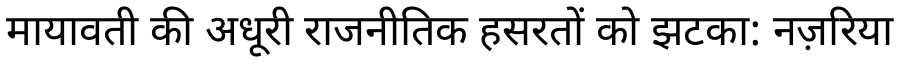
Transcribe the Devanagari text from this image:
मायावती की अधूरी राजनीतिक हसरतों को झटका: नज़रिया